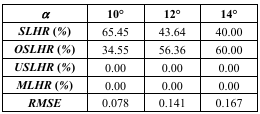
<table><thead><tr><td><b><i>α</i></b></td><td><b>10°</b></td><td><b>12°</b></td><td><b>14°</b></td></tr></thead><tbody><tr><td><b><i>SLHR</i> (<i>%</i>)</b></td><td>65.45</td><td>43.64</td><td>40.00</td></tr><tr><td><b><i>OSLHR</i> (<i>%</i>)</b></td><td>34.55</td><td>56.36</td><td>60.00</td></tr><tr><td><b><i>USLHR</i> (<i>%</i>)</b></td><td>0.00</td><td>0.00</td><td>0.00</td></tr><tr><td><b><i>MLHR</i> (<i>%</i>)</b></td><td>0.00</td><td>0.00</td><td>0.00</td></tr><tr><td><b><i>RMSE</i></b></td><td>0.078</td><td>0.141</td><td>0.167</td></tr></tbody></table>